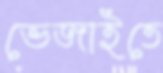
ভেজাইতে